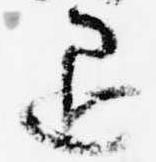
退